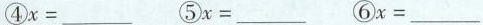
④x=___ ⑤x=___ ⑥x=___